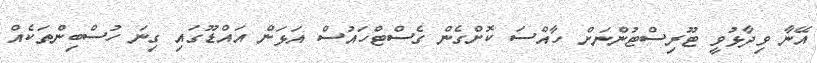
އޭނާ ވިދާޅުވީ ޓޫރިސްޓުންނަށް ހާއްސަ ކޮށްގެން ގެސްޓްހައުސް އަޅަން އައްޑޫގައި ގިނަ ހުސްބިންތަކެއް